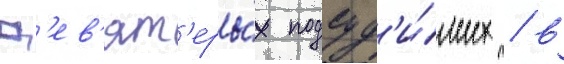
Д'ев'ят'еры́х подсуд'и́мых / в